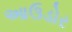
આઉડોર